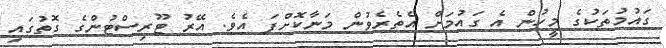
ގައުމުތަކުގެ މީހުން އެ ގައުމަށް އެތެރެވުން މަނާކޮށްފަ އެވެ. އޭރު ޓޫރިސްޓުންގެ ގޮތުގައި